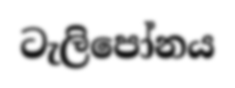
ටැලිපෝනය